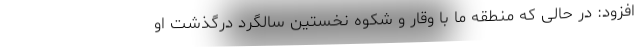
افزود: در حالی که منطقه ما با وقار و شکوه نخستین سالگرد درگذشت او